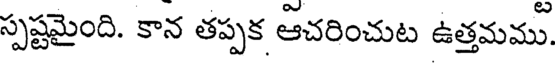
స్పష్టమైంది. కాన తప్పక ఆచరించుట ఉత్తమము.